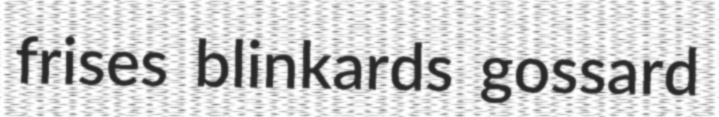
frises blinkards gossard